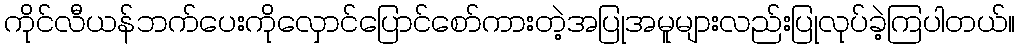
ကိုင်လီယန်ဘက်ပေးကိုလှောင်ပြောင်စော်ကားတဲ့အပြုအမူများလည်းပြုလုပ်ခဲ့ကြပါတယ်။